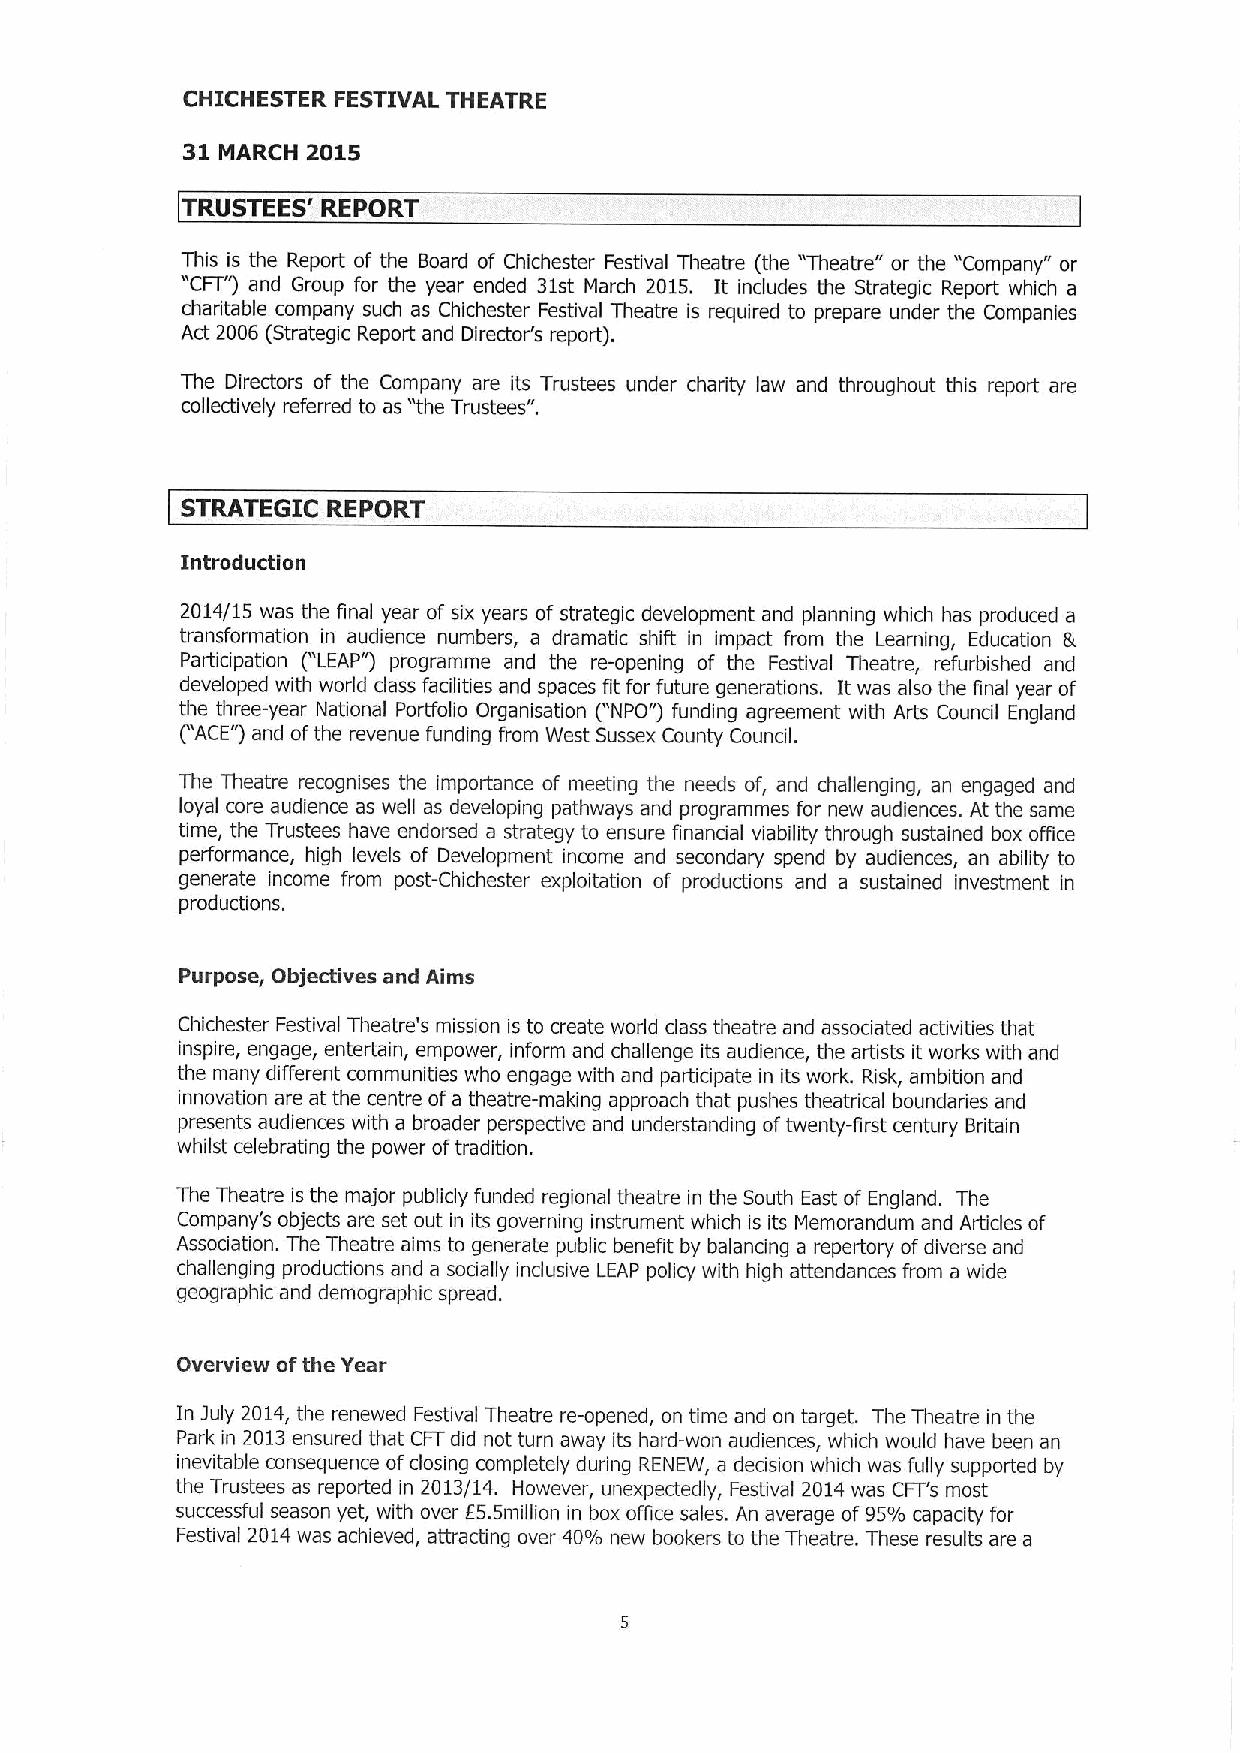
CHICHESTER FESTIVAL THEATRE
 31      2015
 MARCH
 TRUSTEES' REPORT
 This is the Report of the Board of Chichester Festival Theatre (the "Theatre" or the "Company" or
 "CFT")and Group for the year ended 31st March 2015. It includes the Strategic Report which a
 charitable company such as Chichester Festival Theatre is required to prepare under the Companies
 Act 2006 (Strategic Report and Director's report).
 The Directors of the Company are its Trustees under charity law and throughout this report are
 collectively referred to as "the Trustees".
 STRATEGIC REPORT
 Introduction
 2014/15 was the final year of six years of strategic development and planning which has produced a
 transformation in audience numbers, a dramatic shift in impact from the Learning, Education 5
 ("
 Participation LEAP") programme and the re-opening of the Festival Theatre, refurbished and
 developed with world class facilities and spaces fit for future generations. It was also the final year of
 the three-year National Portfolio Organisation ("NPO"3 funding agreement with Arts Council England
 ("ACE")and ofthe revenue funding from West Sussex County Council.
 The Theatre recognises the importance of meeting the needs of, and challenging, an engaged and
 loyal core audience as well as developing pathways and programmes for new audiences. At the same
 time, the Trustees have endorsed a strategy to ensure financial viability through sustained box office
 performance, high levels of Development income and secondary spend by audiences, an ability to
 generate income from post-Chichester exploitation of productions and a sustained investment in
 productions.
 Purpose, Objectives and Aims
 Chichester Festival Theatre's mission is to create world class theatre and associated activities that
 inspire, engage, entertain, empower, inform and challenge its audience, the artists it works with and
 the many different communities who engage with and participate in its work. Risk, ambition and
 innovation are at the centre ofa theatre-making approach that pushes theatrical boundaries and
 presents audiences with a broader perspective and understanding oftwenty-first century Britain
 whilst celebrating the power oftradition.
 The Theatre is the major publicly funded regional theatre in the South East ofEngland. The
 Company's objects are set out in its governing instrument which is its Memorandum and Articles of
 Association. The Theatre aims to generate public benefit by balancing a repertory ofdiverse and
 challenging productions and a socially inclusive LEAP policy with high attendances from a wide
 geographic and demographic spread.
 Overview ofthe Year
 In july 2014, the renewed Festival Theatre re-opened, on time and on target. The Theatre in the
 Park in 2013ensured that CFTdid not turn away its hard-won audiences, which would have been an
 inevitable consequence ofclosing completely during RENEW, a decision which was fully supported by
 the Trustees as reported in 2013/14. However, unexpectedly, Festival 2014 was CFT's most
 successful season yet, with over E5.5million in box office sales. An average of95%capacity for
 Festival 2014was achieved, attracting over 40% new bookers to the Theatre. These results are a